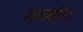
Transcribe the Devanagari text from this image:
गाजोरेर